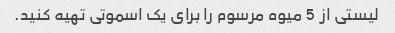
لیستی از 5 میوه مرسوم را برای یک اسموتی تهیه کنید.